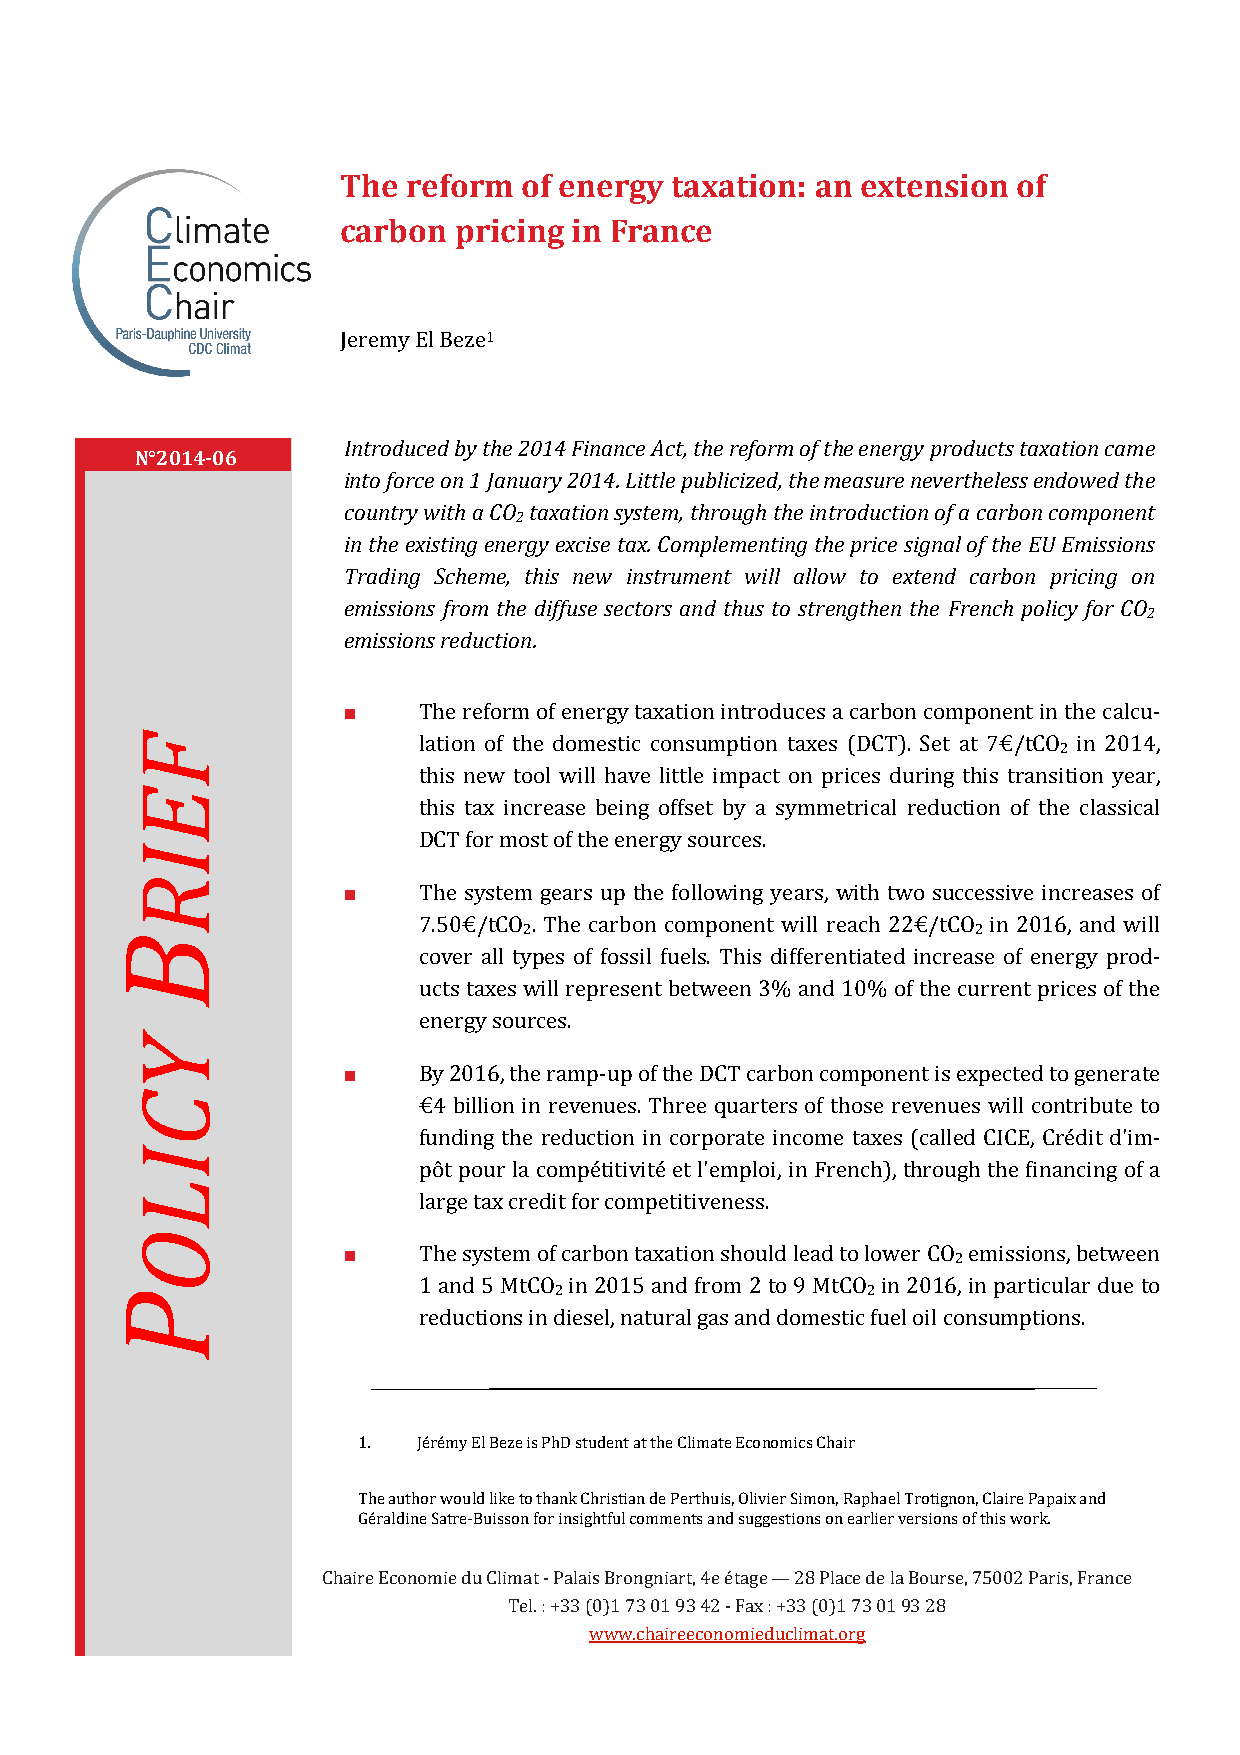
The reform of energy taxation: an extension of
 carbon pricing in France
 Jeremy El Beze1
 Introduced by the 2014 Finance Act, the reform of the energy products taxation came
 N°2014-06
 into force on 1 January 2014. Little publicized, the measure nevertheless endowed the
 country with a CO taxation system, through the introduction of a carbon component
 2
 in the existing energy excise tax. Complementing the price signal of the EU Emissions
 Trading Scheme, this new instrument will allow to extend carbon pricing on
 emissions from the diffuse sectors and thus to strengthen the French policy for CO
 2
 emissions reduction.
 ■    The reform of energy taxation introduces a carbon component in the calcu-
 lation of the domestic consumption taxes (DCT). Set at 7€/tCO in 2014, 2
 this new tool will have little impact on prices during this transition year,
 this tax increase being offset by a symmetrical reduction of the classical
 DCT for most of the energy sources.
 ■    The system gears up the following years, with two successive increases of
 7.50€/tCO . The carbon component will reach 22€/tCO in 2016, and will
 2                             2
 cover all types of fossil fuels. This differentiated increase of energy prod-
 ucts taxes will represent between 3% and 10% of the current prices of the
 energy sources.
 ■    By 2016, the ramp-up of the DCT carbon component is expected to generate
 €4 billion in revenues. Three quarters of those revenues will contribute to
 funding the reduction in corporate income taxes (called CICE, Crédit d'im-
 pôt pour la compétitivité et l'emploi, in French), through the financing of a
 large tax credit for competitiveness.
 ■    The system of carbon taxation should lead to lower CO emissions, between
 2
 1 and 5 MtCO in 2015 and from 2 to 9 MtCO in 2016, in particular due to
 2                   2
 reductions in diesel, natural gas and domestic fuel oil consumptions.
 1.  Jérémy El Beze is PhD student at the Climate Economics Chair
 The author would like to thank Christian de Perthuis, Olivier Simon, Raphael Trotignon, Claire Papaix and
 Géraldine Satre-Buisson for insightful comments and suggestions on earlier versions of this work.
 Chaire Economie du Climat - Palais Brongniart, 4e étage — 28 Place de la Bourse, 75002 Paris, France
 Tel. : +33 (0)1 73 01 93 42 - Fax : +33 (0)1 73 01 93 28
 www.chaireeconomieduclimat.org
 B
 P
 FEIR
 YCILO